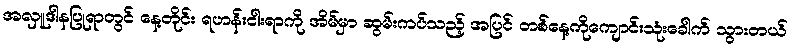
အလှူဒါနပြုရာတွင် နေ့တိုင်း ရဟန်းငါးရာကို အိမ်မှာ ဆွမ်းကပ်သည့် အပြင် တစ်နေ့ကိုကျောင်းသုံးခေါက် သွားတယ်